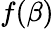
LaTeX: f(\beta)